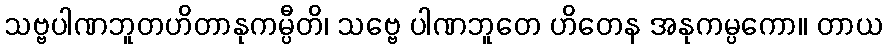
သဗ္ဗပါဏဘူတဟိတာနုကမ္ပီတိ၊ သဗ္ဗေ ပါဏဘူတေ ဟိတေန အနုကမ္ပကော။ တာယ